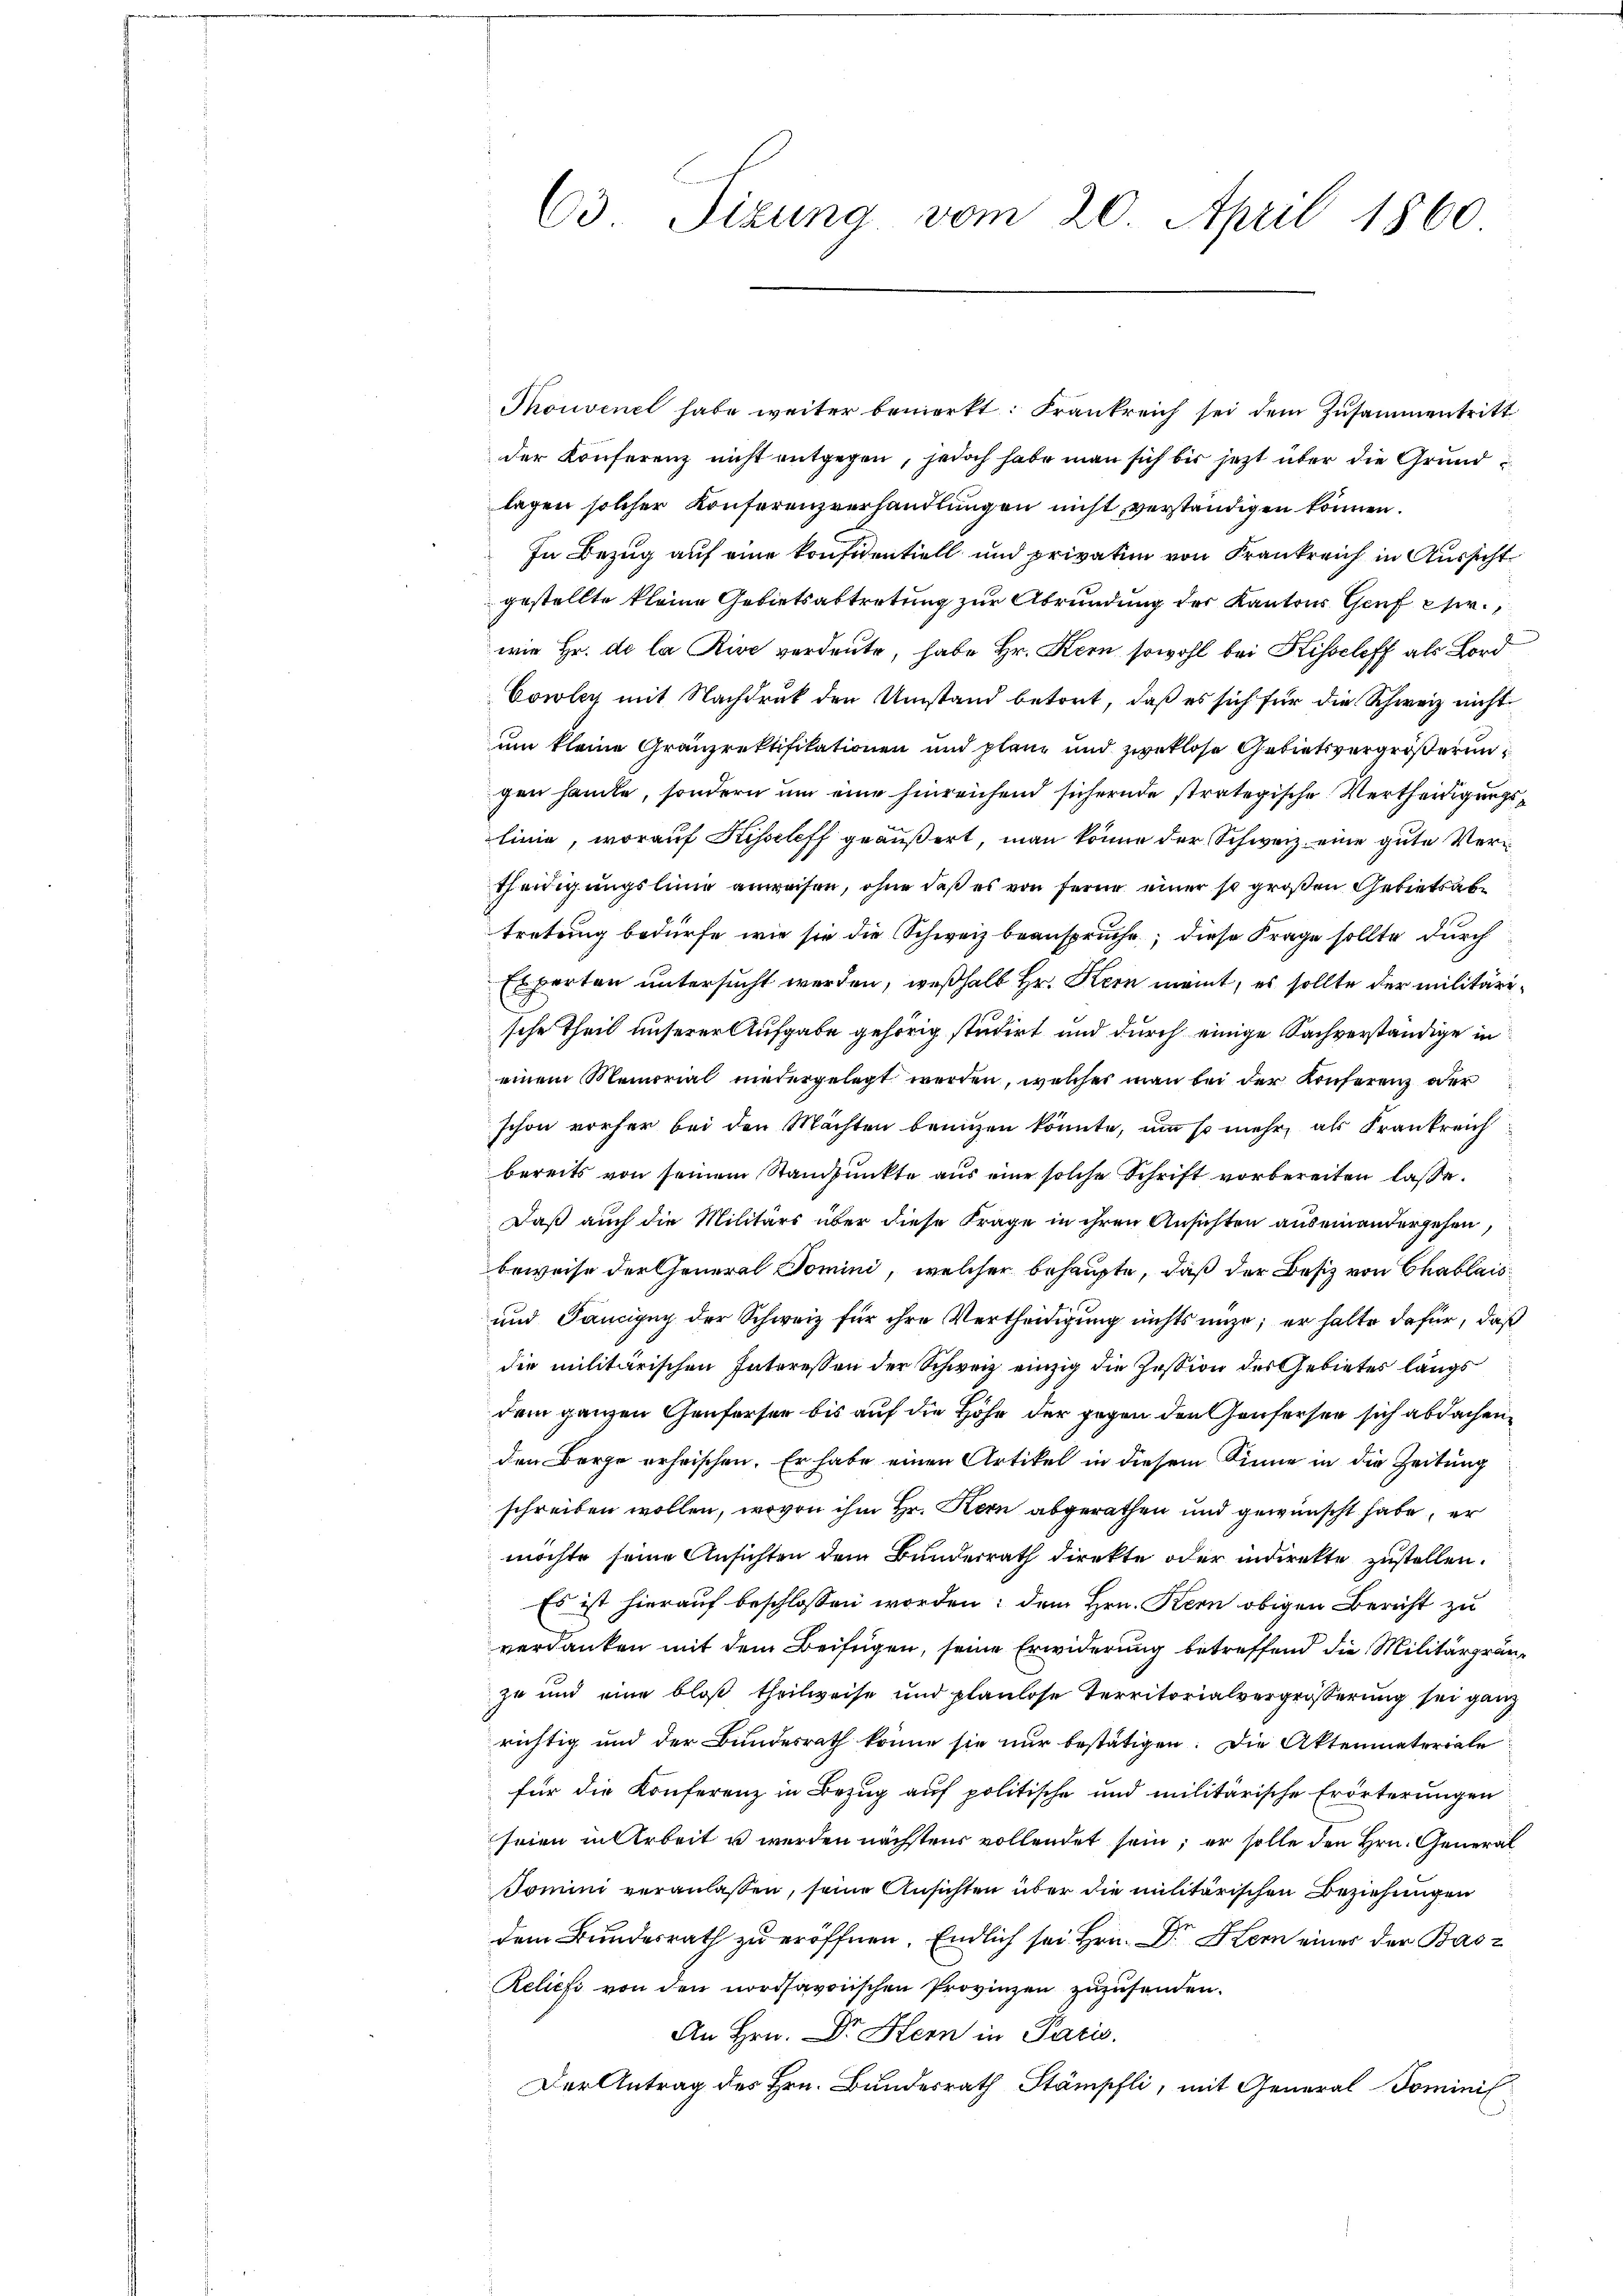
63. Tizung vom 20. April 1860

Thonvenel habe weiter bemerkt: Frankreich sei dem Zusammentritt
der Konferenz nicht entgegen, jedoch habe man sich bis jetzt über die Grundlagen solcher Konferenzverhandlungen nicht verständigen können.
In Bezug auf eine konfidentiell und privatim von Frankreich in Aussicht
gestellte kleine Gebietsabtretung zur Abrundung der Kantons Genf erwie Hr. de la Rive verdeute, habe Hr. Kern, sowohl bei Kisscheff als Bord
Cowley mit Nachdruk den Umstand betört, daß es sich für die Schweiz nicht
um kleine Gränzrektifikationen und planz und zweklose Gebietsvergrößerungen hande, sondern um eine hinreichend sichernde straterische Vertheidigungslinie, worauf Kisseleff geäußert, man könne der Schweiz eine gute Vertheidigungsling anweisen, ohne daß es von ferne einer so großen Gebietsabtretung bedürfe, wie sie die Schweiz beanspruche; diese Frage sollte durch
Experten untersucht werden, weßhalb Hr. Kern meint, es sollte der militärische Theil unserer Aufgabe gehörig studirt und durch einige Sachverständige in
einem Memorial niedergelegt werden, welcher man bei der Konferenz oder
schon vorher bei den Mächten brunzen könnte, um so mehr, als Frankreich
bereits von seinem Standpunkte aus eine solche Schrift vorbereiten lasse.
Daß auch die Militärs über diese Frage in ihren Ansichten auseinandergehen,
beweise der General Tomini, welcher behaupte, daß der Besiz von Chablais¬
und Pancipuy der Schweiz für ihre Vertheidigung nichts unze; er halte dafür, daß
die militärischen Interessen der Schweiz einzig die Zession des Gebietes langs
dem ganzen Genferser bis auf die Höhe der gegen den Genfersen sich abdachen
den Berge erheischen. Er habe einen Artikel in diesem Sinne in die Zeitung
schreiben wollen, wovon ihm Hr. Kern abgerathen und gewünscht habe, er
möchte seine Ansichten dem Bunderrath direkte oder indirekte zustellen.
Es ist hierauf beschlossen worden; dem Hrn. Kern obigen Bericht zu
verdanken mit dem Beifügen, seine Erwiderung betreffend die Militärgrünzu und eine bloß theilweise und planlose Territorialvergrösserung sei ganz
richtig und der Bundesrath könne sie nur bestätigen. Die Aktenmateriale
für die Konferenz in Bezug auf politische und militärische Erörterungen
seien in Arbeit u werden nächstens vollendet sein, er solle den Hrn. General
Somuni veranlassen, seine Ansichten über die militärischen Beziehungen
dem Bundesrath zu eröffnen. Endlich sei Hrn. Dr. Hern einer der Bas
Reliefe von den nordsavorischen Provinzen zuzusenden.
An Hrn. Dr Stern in Paris.
Der Antrag des Hrn. Bundesrath Stämpfli, mit General-Tominis¬